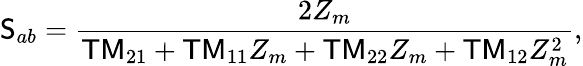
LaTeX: \mathsf{S}_{ab}=\frac{2Z_{m}}{\mathsf{TM}_{21}+\mathsf{TM}_{11}Z_{m}+\mathsf{TM}_{22}Z_{m}+\mathsf{TM}_{12}Z_{m}^{2}},